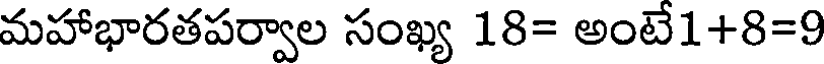
మహాభారతపర్వాల సంఖ్య 18= అంటే1+8=9